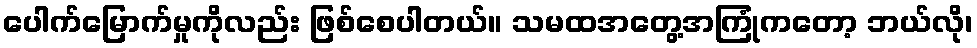
ပေါက်မြောက်မှုကိုလည်း ဖြစ်စေပါတယ်။ သမထအတွေ့အကြုံကတော့ ဘယ်လို၊